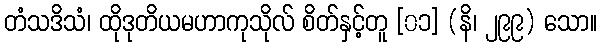
တံသဒိသံ၊ ထိုဒုတိယမဟာကုသိုလ် စိတ်နှင့်တူ [၀၁] (နိ၊ ၂၉၉) သော။